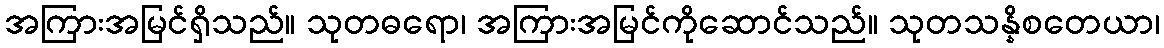
အကြားအမြင်ရှိသည်။ သုတဓရော၊ အကြားအမြင်ကိုဆောင်သည်။ သုတသန္နိစတေယာ၊